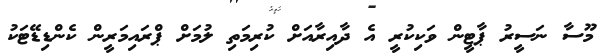
މޫސާ ނަސީރު ޕާޓީން ވަކިކުރީ އެ ދާއިރާއަށް ކުރިމަތި ލުމަށް ޕްރައިމަރީން ކެންޑިޑޭޓަކު